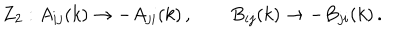
Z _ { 2 } : A _ { i j } ( k ) \rightarrow - A _ { j i } ( k ) \, , \qquad B _ { i j } ( k ) \rightarrow - B _ { j i } ( k ) \, .